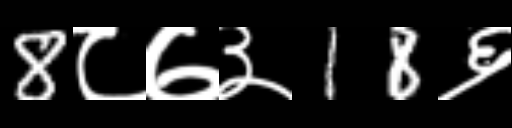
Text: 8८७३18६